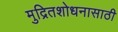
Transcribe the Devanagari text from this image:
मुद्रितशोधनासाठी